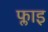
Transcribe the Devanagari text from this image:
फ्लाइ